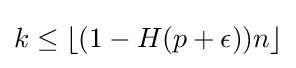
k\leq \lfloor (1-H(p+\epsilon ))n\rfloor